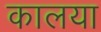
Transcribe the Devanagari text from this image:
कालया